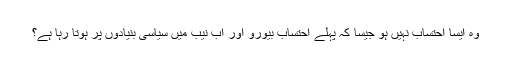
وہ ایسا احتساب نہیں ہو جیسا کہ پہلے احتساب بیورو اور اب نیب میں سیاسی بنیادوں پر ہوتا رہا ہے؟